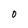
Character: 0